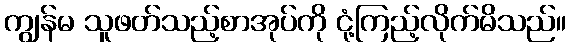
ကျွန်မ သူဖတ်သည့်စာအုပ်ကို ငုံ့ကြည့်လိုက်မိသည်။